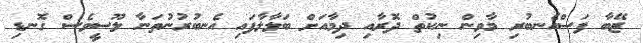
ޒޭބާ ފަސްއެނބުރި މާވިން ނިކުތް ދޮރާއި ދިމާއަށް ބަލާލާފައި އެނބުރުނުތަނާ ލޫސީވެސް ގޮނޑި